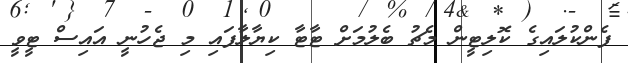
ފެންކުލައިގެ ކޮލިޓީން މެޗު ބެލުމަށް ޓާޓާ ކިޔާލާފައި މި ޖެހުނީ އައިސް ޓީވީ